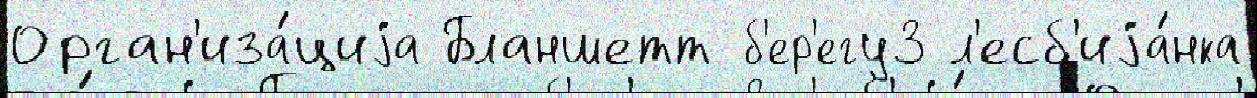
Орган'иза́циjа Бланшетт б'ер'егу3 л'есб'иjа́нка